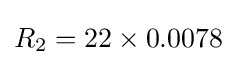
R_{2}=22\times 0.0078